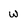
Character: w